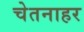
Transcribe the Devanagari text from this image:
चेतनाहर